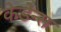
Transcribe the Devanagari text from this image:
केडेन्स